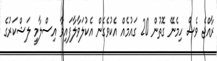
ރާއްޖެ ވެސް ހިމެނޭ ގޮތުން 20 ގައުމެއް އެކުވެގެން އެކުލަވާލާފައިވާ އިސްލާމީ ލަޝްކަރުގެ